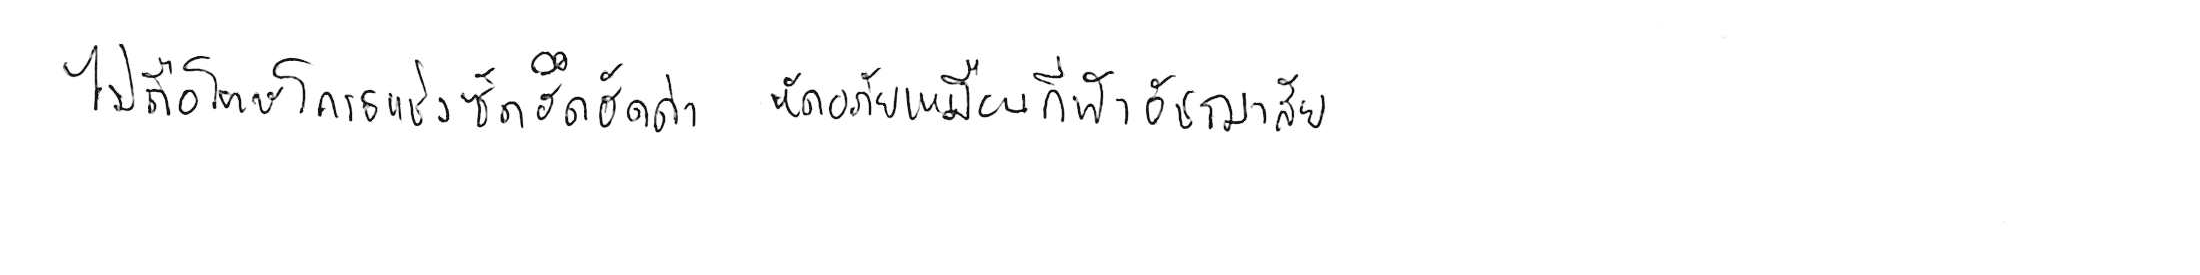
ไม่ถือโทษโกรธแช่งซัดฮึดฮัดด่า หัดอภัยเหมือนกีฬาอัชฌาสัย